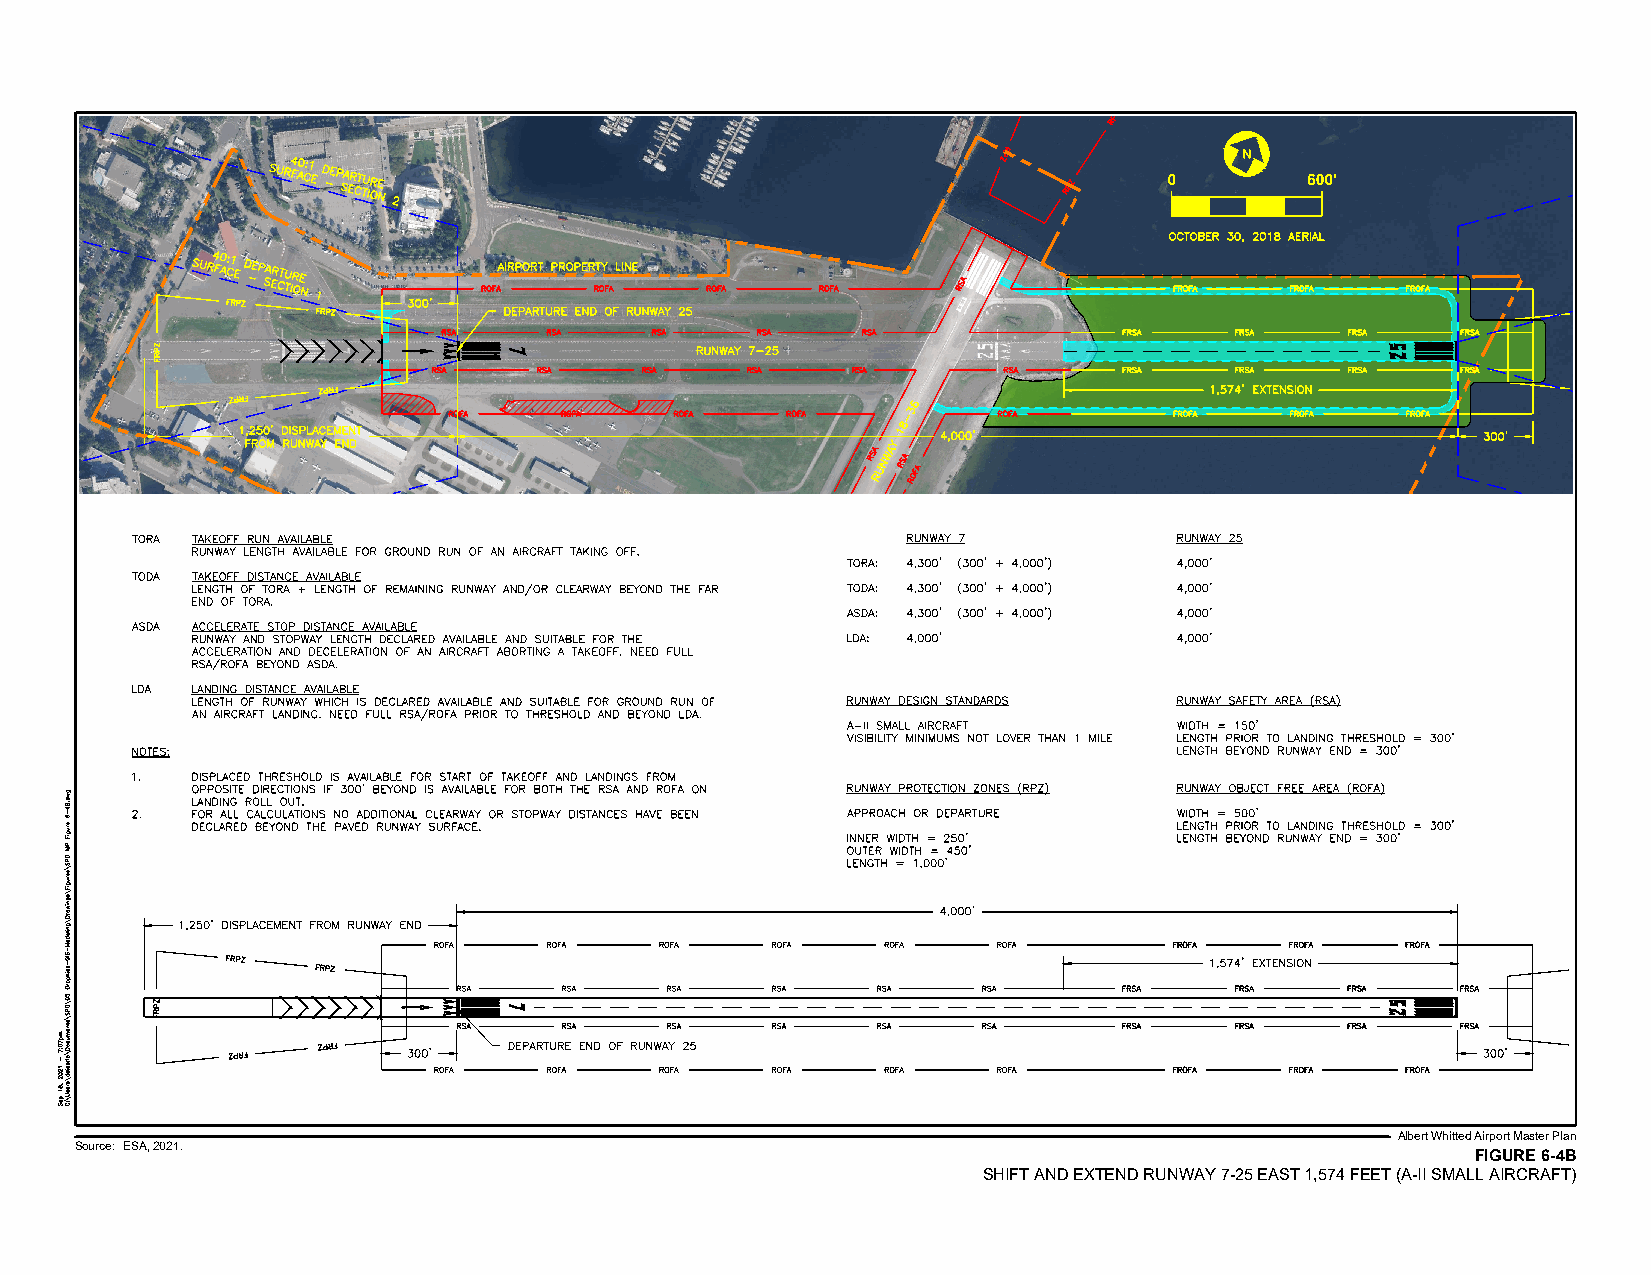
N
 0        600'
 Albert Whitted Airport Master Plan
 Source: ESA, 2021.
 FIGURE 6-4B
 SHIFT AND EXTEND RUNWAY 7-25 EAST 1,574 FEET (A-II SMALL AIRCRAFT)